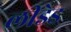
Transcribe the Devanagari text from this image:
लीडेड